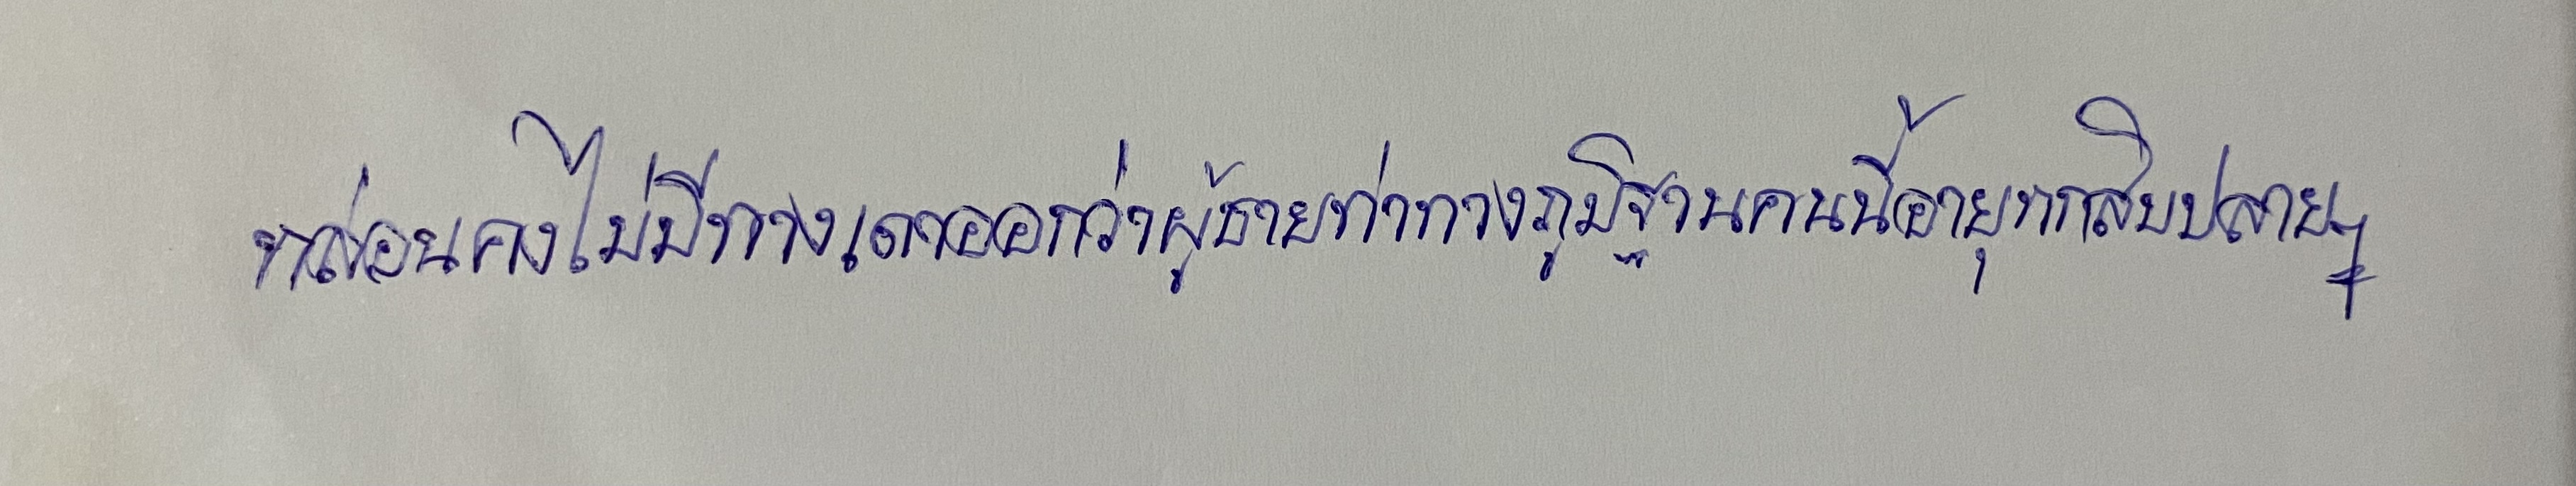
หล่อนคงไม่มีทางเดาออกว่าผู้ชายท่าทางภูมิฐานคนนี้อายุหกสิบปลายๆ